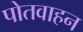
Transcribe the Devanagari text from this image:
पोतवाहन